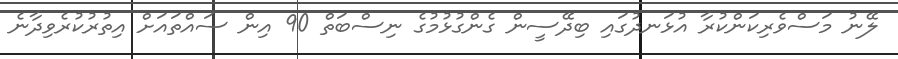
ލޭނު މަސްވެރިކަންކުރާ އުޅަނދުގައި ބިދޭސީން ގެންގުޅުމުގެ ނިސްބަތް 90 އިން ސައްތައަށް އިތުރުކުރެވިދާނެ